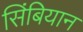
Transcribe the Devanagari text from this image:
सिंबियान